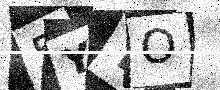
Text: 5YYO